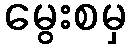
မွေးစမှ